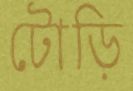
টোড়ি